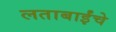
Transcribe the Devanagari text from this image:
लताबाईंचे